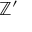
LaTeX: \mathbb { Z } ^ { \prime }